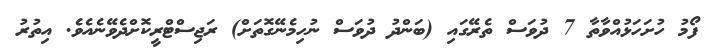
ފޯމު ހުށަހަޅުއްވާތާ 7 ދުވަސް ތެރޭގައި (ބަންދު ދުވަސް ނުހިމެނޭގޮތަށް) ރަޖިސްޓްރީކޮށްދެވޭނެއެވެ. އިތުރު